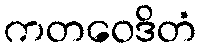
ကတဝေဒိတံ